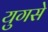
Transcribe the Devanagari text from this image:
युगसे